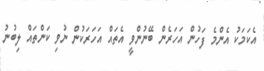
އެކަމަކު އެންމެ ފަހުން އަހަރެން ބޭނުންވީ އެތައް އަހަރަކުން ނުވި ކަންތައް ލިބުނު